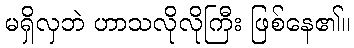
မရှိလှဘဲ ဟာသလိုလိုကြီး ဖြစ်နေ၏။